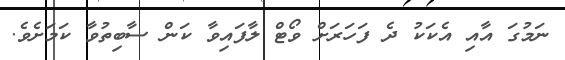
ނަމުގަ އާއި އެކަކު ދެ ފަހަރަށް ވޯޓް ލާފައިވާ ކަން ސާބިތުވާ ކަމަށެވެ.